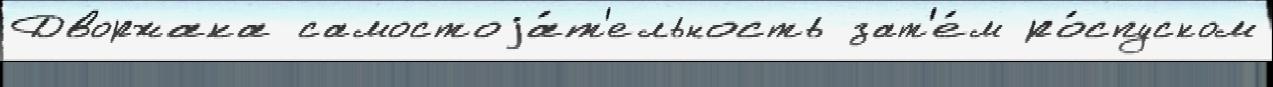
Дворжака самостоjа́т'ельность зат'е́м ро́спуском